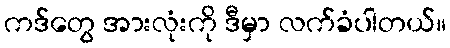
ကဒ်တွေ အားလုံးကို ဒီမှာ လက်ခံပါတယ်။